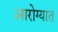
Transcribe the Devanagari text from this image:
आरोग्यात